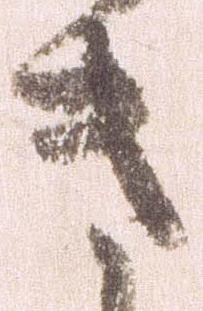
き